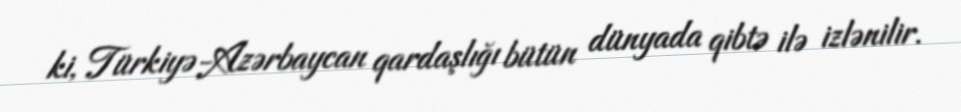
ki, Türkiyə-Azərbaycan qardaşlığı bütün dünyada qibtə ilə izlənilir.